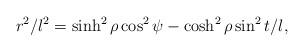
LaTeX: \begin{align*}r^2/l^2 = \sinh^2 \rho \cos^2 \psi - \cosh^2 \rho \sin^2 t/l,\end{align*}